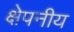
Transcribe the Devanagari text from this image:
क्षेपनीय